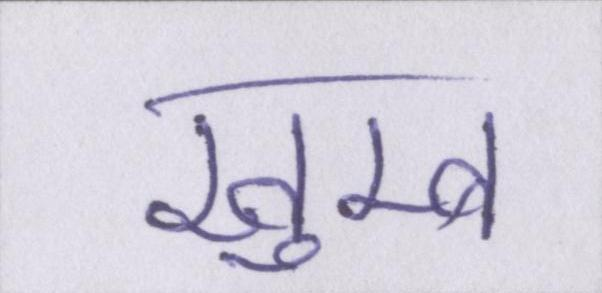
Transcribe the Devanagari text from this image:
खुम्ब